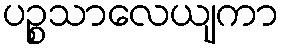
ပဉ္စသာလေယျကာ